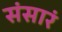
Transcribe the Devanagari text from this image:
संसारं